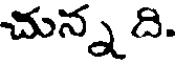
చున్న ది.